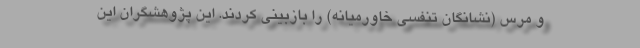
و مرس (نشانگان تنفسی خاورمیانه) را بازبینی کردند. این پژوهشگران این